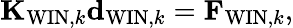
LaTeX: {\mathbf K}_{\mathrm{WIN},k}{\mathbf d}_{\mathrm{WIN},k}={\mathbf F}_{\mathrm{WIN},k},